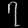
Digit: ၇